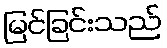
မြင်ခြင်းသည်